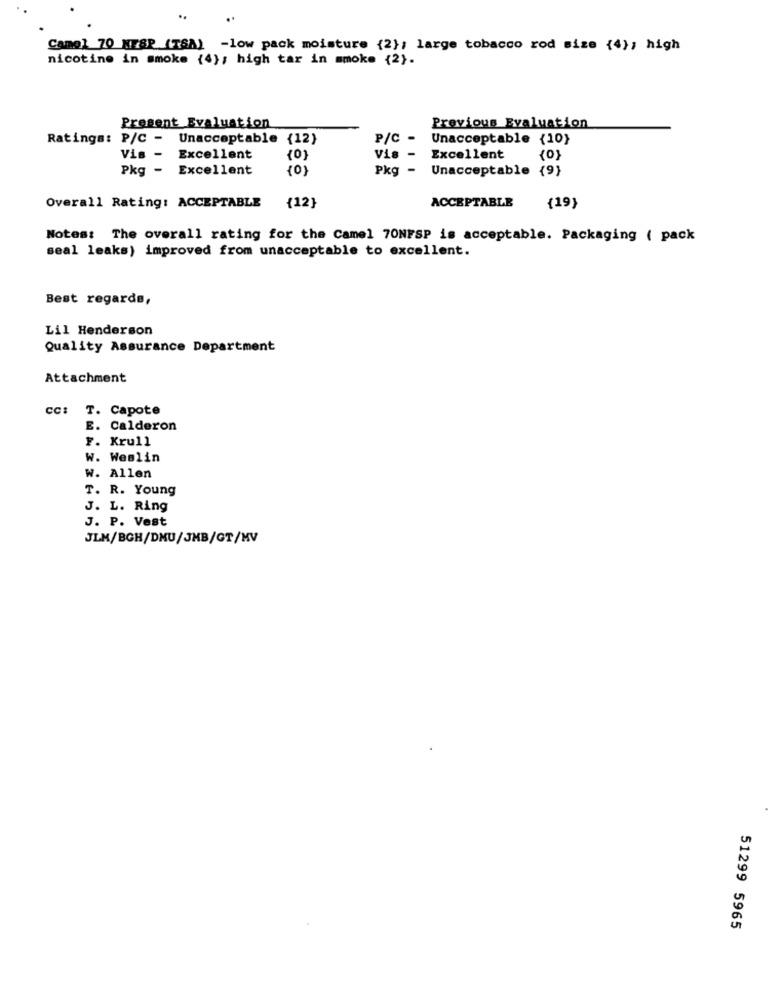
..
..
Camel 70 NESP (TSA) -low pack moisture {2}; large tobacco rod size {4}; high
nicotine in smoke {4} ; high tar in smoke {2}.
Present Evaluation
Previous Evaluation
Ratings: P/C -
Unacceptable {12}
P/C -
Unacceptable {10}
Vis -
Excellent
{0}
Vis -
Excellent
Pkg -
Excellent
(0)
Pkg -
Unacceptable
{9)
Overall Rating: ACCEPTABLE
{12}
ACCEPTABLE
{19)
Notes: The overall rating for the Camel 70NFSP is acceptable. Packaging ( pack
seal leaks) improved from unacceptable to excellent.
Best regards,
Lil Henderson
Quality Assurance Department
Attachment
cc: T. Capote
E. Calderon
F. Krull
W. Weslin
W. Allen
T. R. Young
J. L. Ring
J. P. Vest
JLM/BGH/DMU/JMB/GT/MV
51299 5965